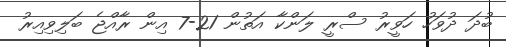
ބުދަ ދުވަހު ހަވީރު ސްރީ ލަންކާ އަތުން 21-7 އިން ރާއްޖެ ބަލިވިއިރު